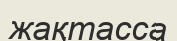
жақтасса